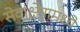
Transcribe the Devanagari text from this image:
सेवाक्षेत्रामध्ये